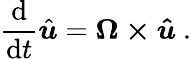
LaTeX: {\frac{\mathrm{d}}{\mathrm{d}t}}{\hat{\boldsymbol{u}}}={\boldsymbol{\Omega\times{\hat{u}}}}\ .